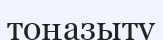
тоңазыту